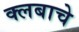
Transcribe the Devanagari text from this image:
क्लबाचे